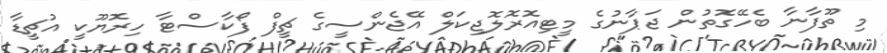
މި ތޫފާނާ ބެހޭގޮތުން ޖަޕާނުގެ މީޓިއޮރޮލޮޖިކަލް އޭޖެންސީގެ ޗީފް ފޯކާސްޓާ ހިރޮޔޫކީ އުޗީޑާ